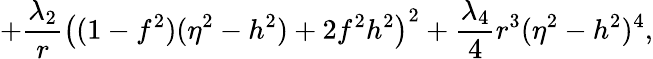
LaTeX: +\frac{\lambda_{2}}{r}\left((1-f^{2})(\eta^{2}-h^{2})+2f^{2}h^{2}\right)^{2}+\frac{\lambda_{4}}{4}r^{3}(\eta^{2}-h^{2})^{4},